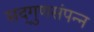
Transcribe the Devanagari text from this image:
सद्‌गुणसंपन्न